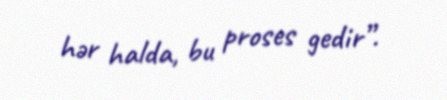
hər halda, bu proses gedir”.